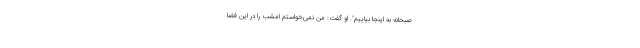
صبحانه به اینجا بیاییم". او گفت: من نمی‌خواستم امشب را در این فضا